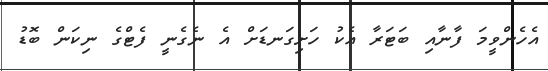
އެހެންވީމަ ފާނާއި ބަޓަރާ އެކު ހަށިގަނޑަށް އެ ނެގެނީ ފެޓްގެ ނިކަން ބޮޑު